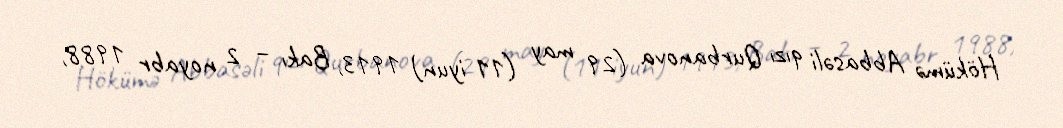
Hökümə Abbasəli qızı Qurbanova (29 may (11 iyun) 1913, Bakı – 2 noyabr 1988,